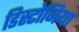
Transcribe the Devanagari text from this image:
डिस्टोनिया